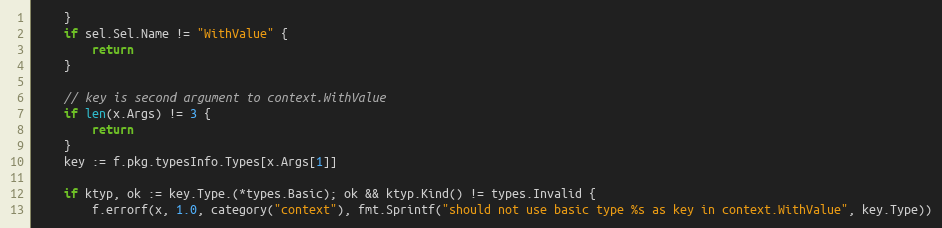
Language: Go
	}
	if sel.Sel.Name != "WithValue" {
		return
	}

	// key is second argument to context.WithValue
	if len(x.Args) != 3 {
		return
	}
	key := f.pkg.typesInfo.Types[x.Args[1]]

	if ktyp, ok := key.Type.(*types.Basic); ok && ktyp.Kind() != types.Invalid {
		f.errorf(x, 1.0, category("context"), fmt.Sprintf("should not use basic type %s as key in context.WithValue", key.Type))